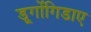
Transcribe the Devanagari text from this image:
डूगोंगिडाए